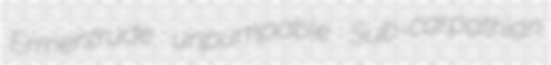
Ermentrude unpumpable Sub-carpathian